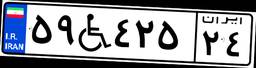
۵۹W۴۲۵۲۴